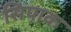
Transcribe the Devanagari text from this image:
सिपाक